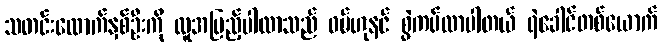
သတင်းထောက်နှစ်ဦးကို လူအပြည့်ပါလာသည် ဝမ်ဟုနင် စွဲကပ်လာပါတယ် ရဲခေါင်တစ်ယောက်